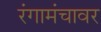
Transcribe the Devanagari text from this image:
रंगामंचावर